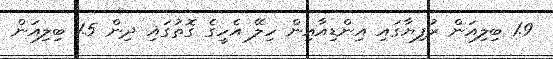
1.9 ބިލިއަން ރުފިޔާގައި އިންޑިއާއިން ހިލޭ އެހީގެ ގޮތުގައި ދިން 1.5 ބިލިއަން